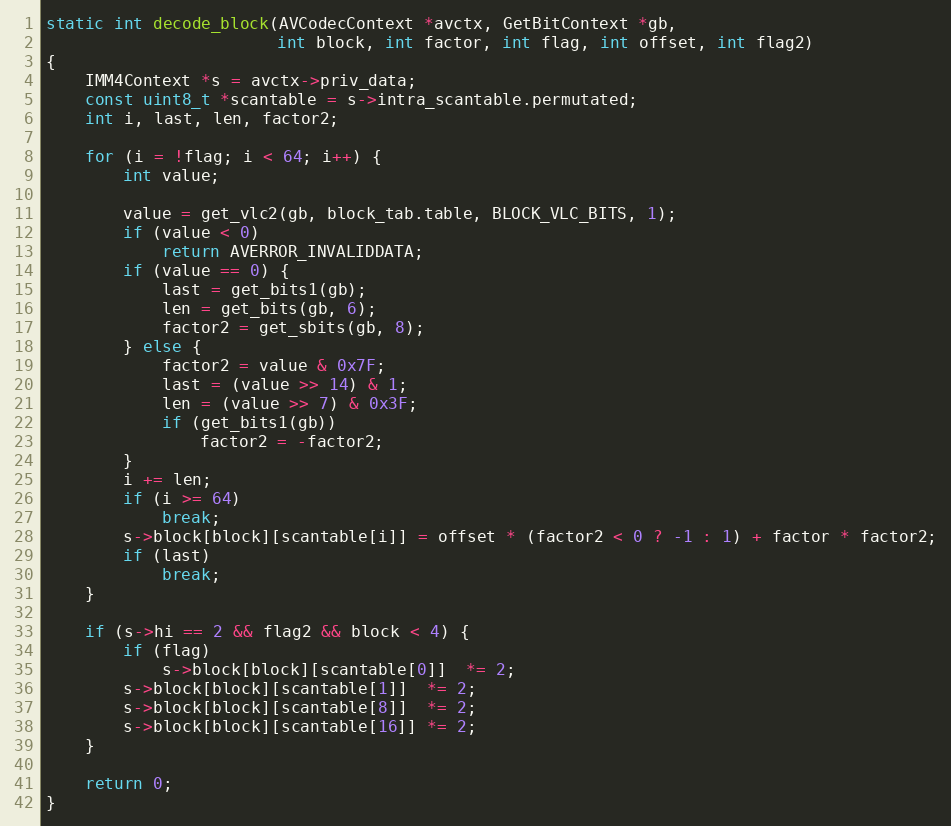
Language: C
static int decode_block(AVCodecContext *avctx, GetBitContext *gb,
                        int block, int factor, int flag, int offset, int flag2)
{
    IMM4Context *s = avctx->priv_data;
    const uint8_t *scantable = s->intra_scantable.permutated;
    int i, last, len, factor2;

    for (i = !flag; i < 64; i++) {
        int value;

        value = get_vlc2(gb, block_tab.table, BLOCK_VLC_BITS, 1);
        if (value < 0)
            return AVERROR_INVALIDDATA;
        if (value == 0) {
            last = get_bits1(gb);
            len = get_bits(gb, 6);
            factor2 = get_sbits(gb, 8);
        } else {
            factor2 = value & 0x7F;
            last = (value >> 14) & 1;
            len = (value >> 7) & 0x3F;
            if (get_bits1(gb))
                factor2 = -factor2;
        }
        i += len;
        if (i >= 64)
            break;
        s->block[block][scantable[i]] = offset * (factor2 < 0 ? -1 : 1) + factor * factor2;
        if (last)
            break;
    }

    if (s->hi == 2 && flag2 && block < 4) {
        if (flag)
            s->block[block][scantable[0]]  *= 2;
        s->block[block][scantable[1]]  *= 2;
        s->block[block][scantable[8]]  *= 2;
        s->block[block][scantable[16]] *= 2;
    }

    return 0;
}